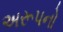
અરૂપનો